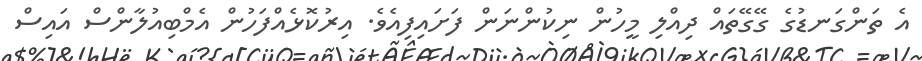
އެ ތަންގަނޑުގެ ގޭގޭތައް ދިއްލި މީހުން ނިކުންނަން ފަށައިފިއެވެ. އިރުކޮޅެއްފަހުން އެމްބިއުލާންސް އައިސް